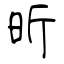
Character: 昕